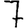
Digit: 7